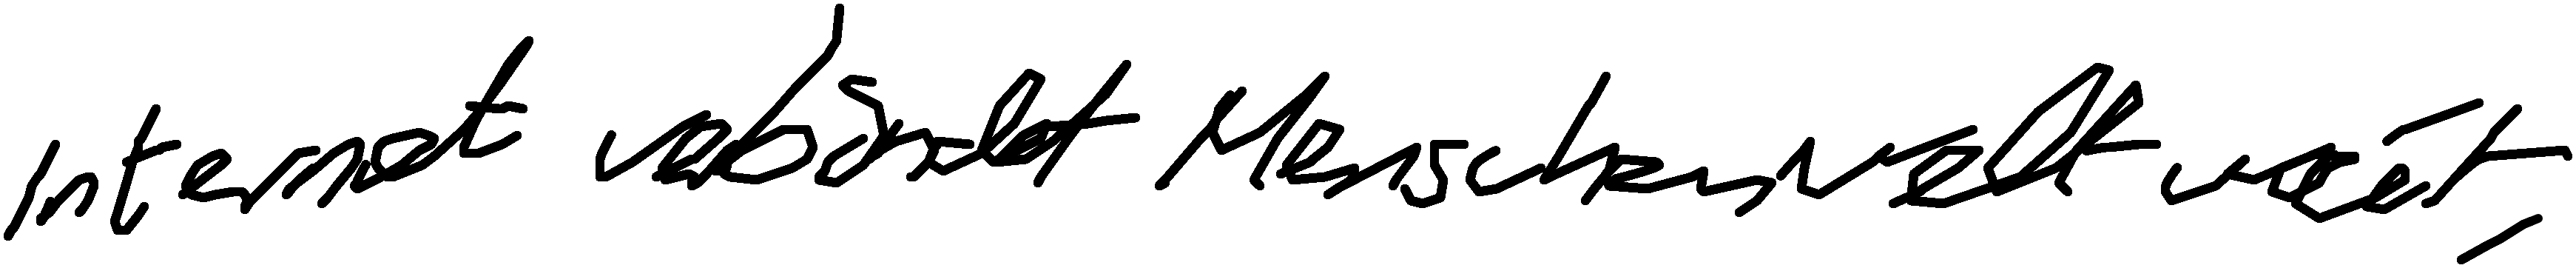
Internet verbindet Menschen weltweit.